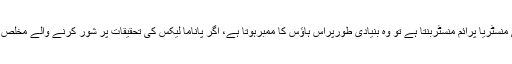
وزیرقانون پنجاب کا کہنا تھا کہ پارلیمنٹ کے ممبرسب برابر ہیں، ان میں سے اگر کوئی منسٹریا پرائم منسٹربنتا ہے تو وہ بنیادی طورپراس ہاؤس کا ممبرہوتا ہے، اگر پاناما لیکس کی تحقیقات پر شور کرنے والے مخلص ہوتے تو وہ کہتے کہ ملک سے کرپشن اور لوٹ مارختم کے لئے قانون سازی کی جائے۔